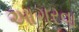
આગરવા